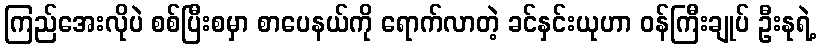
ကြည်အေးလိုပဲ စစ်ပြီးစမှာ စာပေနယ်ကို ရောက်လာတဲ့ ခင်နှင်းယုဟာ ဝန်ကြီးချုပ် ဦးနုရဲ့